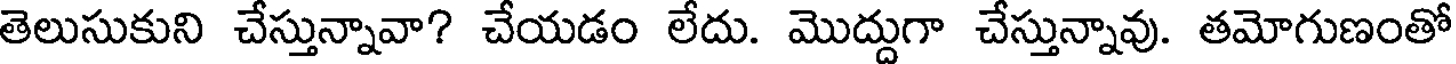
తెలుసుకుని చేస్తున్నావా? చేయడం లేదు. మొద్దుగా చేస్తున్నావు. తమోగుణంతో